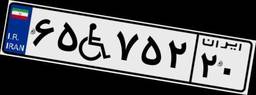
۶۵W۷۵۲۲۰